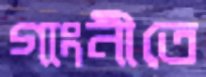
গাংনীতে